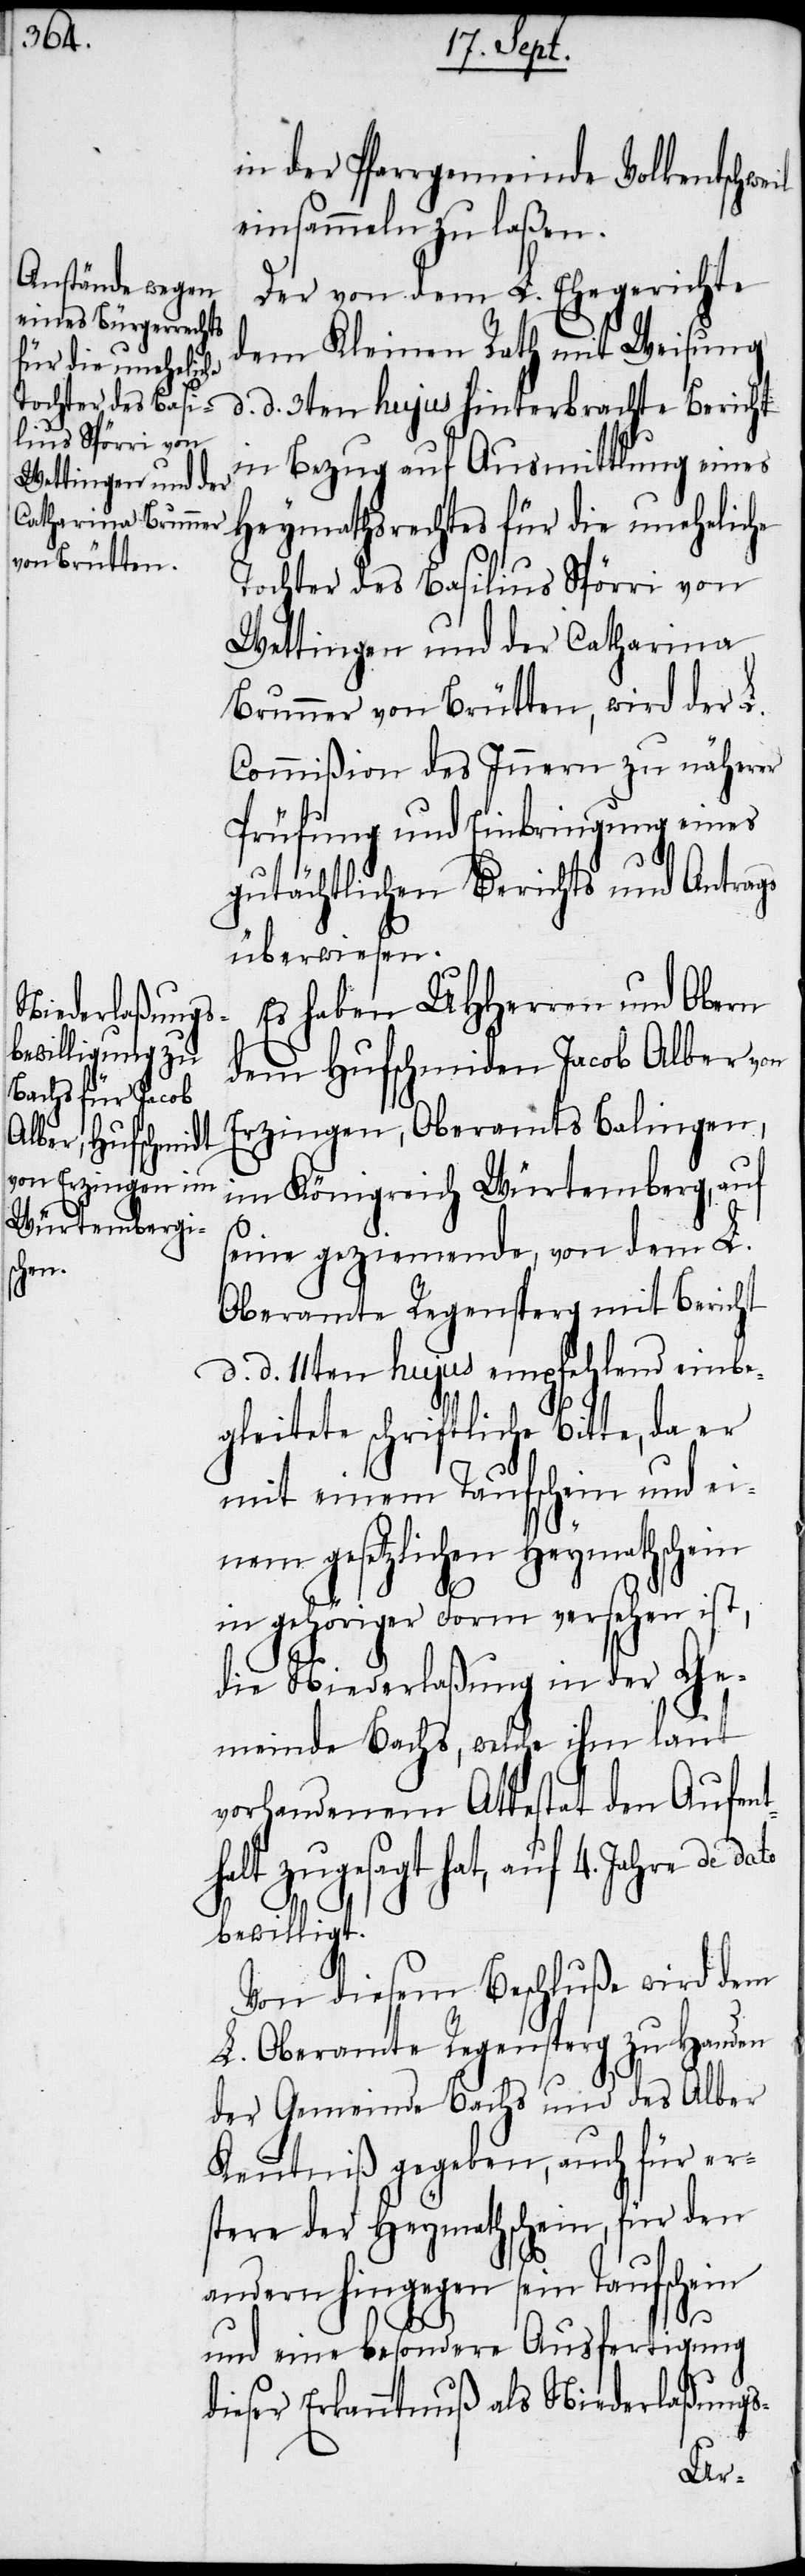
in der Pfarrgemeinde Volkentschweil
einsammeln zu laßen.
Der von dem L. Ehegerichte
dem Kleinen Rath mit Weisung
d. d. 3ten hujus hinterbrachte Bericht
in Bezug auf Ausmittlung eines
Heymathsrechtes für die uneheliche
Tochter des Basilius Spörri von
Wettingen und der Catharina
Brunner von Brütten, wird der L.
Commißion des Innern zu näherer
Prüfung und Einbringung eines
gutächtlichen Berichts und Antrags
überwiesen.
Es haben UHHerren und Obern
dem Hufschmiden Jacob Alber von
Erzingen, Oberamts Balingen,
im Königreich Würtemberg, auf
seine geziemende, von dem L.
Oberamte Regensperg mit Bericht
d. d. 11ten hujus empfehlend einbe¬
gleitete schriftliche Bitte, da er
mit einem Taufschein und ei¬
nem gesetzlichen Heymathschein
in gehöriger Form versehen ist,
die Niederlaßung in der Ge¬
meinde Bachs, welche ihm laut
vorhandenem Attestat den Aufent¬
L. Oberamte Bachs und des
bewilligt.
Von diesem Beschluße wird dem
Kenntniß gegeben, auch für er¬
stere der Heymathschein, für den
andern hingegen sein Taufschein
und eine besondere Ausfertigung
dieser Erkanntnuß als Niederlaßungs-